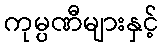
ကုမ္ပဏီများနှင့်